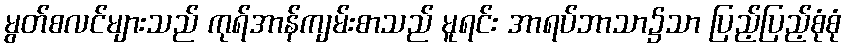
မွတ်စလင်များသည် ကုရ်အာန်ကျမ်းစာသည် မူရင်း အာရပ်ဘာသာ၌သာ ပြည့်ပြည့်စုံစုံ